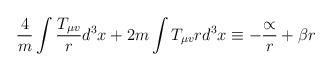
LaTeX: \begin{align*}\frac{4}{m} \int \frac{T_{\mu v}}{r} d^3 x + 2m \int T_{\mu v} r d^3x \equiv-\frac{\propto}{r} + \beta r\end{align*}